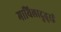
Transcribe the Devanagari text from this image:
मायिलादुतुरई